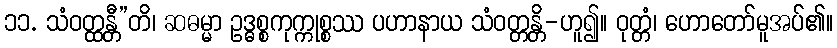
၁၁. သံဝတ္ထန္တီ”တိ၊ ဆဓမ္မာ ဥဒ္ဓစ္စကုက္ကုစ္စဿ ပဟာနာယ သံဝတ္တန္တိ-ဟူ၍။ ဝုတ္တံ၊ ဟောတော်မူအပ်၏။